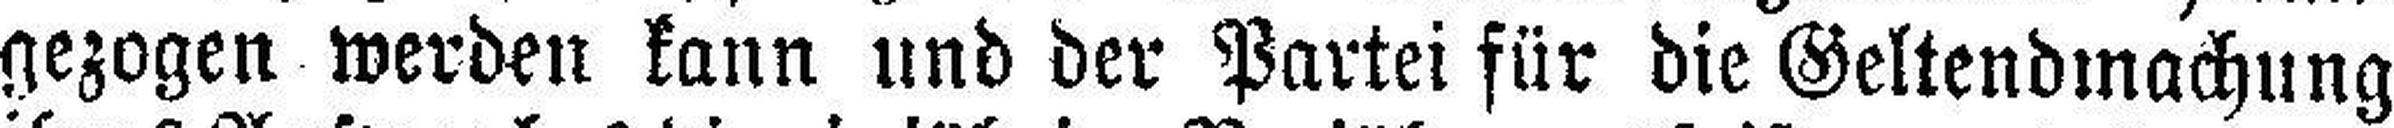
gezogen werden kann und der Partei für die Geltendmachung